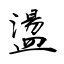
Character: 盪